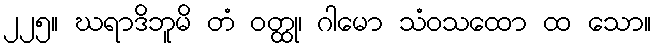
၂၂၅။ ဃရာဒိဘူမိ တံ ဝတ္ထု၊ ဂါမော သံဝသထော ထ သော။